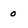
Character: 0